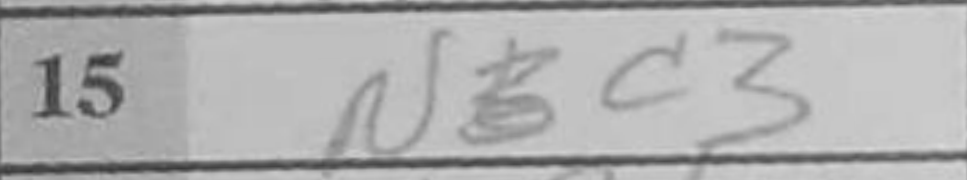
Transcription: Nc3